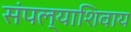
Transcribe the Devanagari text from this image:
संपल्याशिवाय